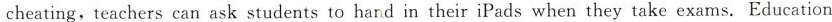
cheating,teachers can ask students to hand in their iPads when they take exams. Education